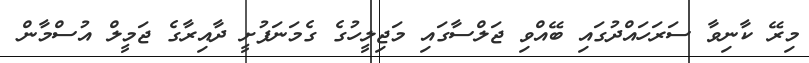
މިރޭ ކާނިވާ ސަރަހައްދުގައި ބޭއްވި ޖަލްސާގައި މަޖިލީހުގެ ގެމަނަފުށީ ދާއިރާގެ ޖަމީލް އުސްމާން